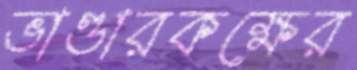
ভাণ্ডারকক্ষের